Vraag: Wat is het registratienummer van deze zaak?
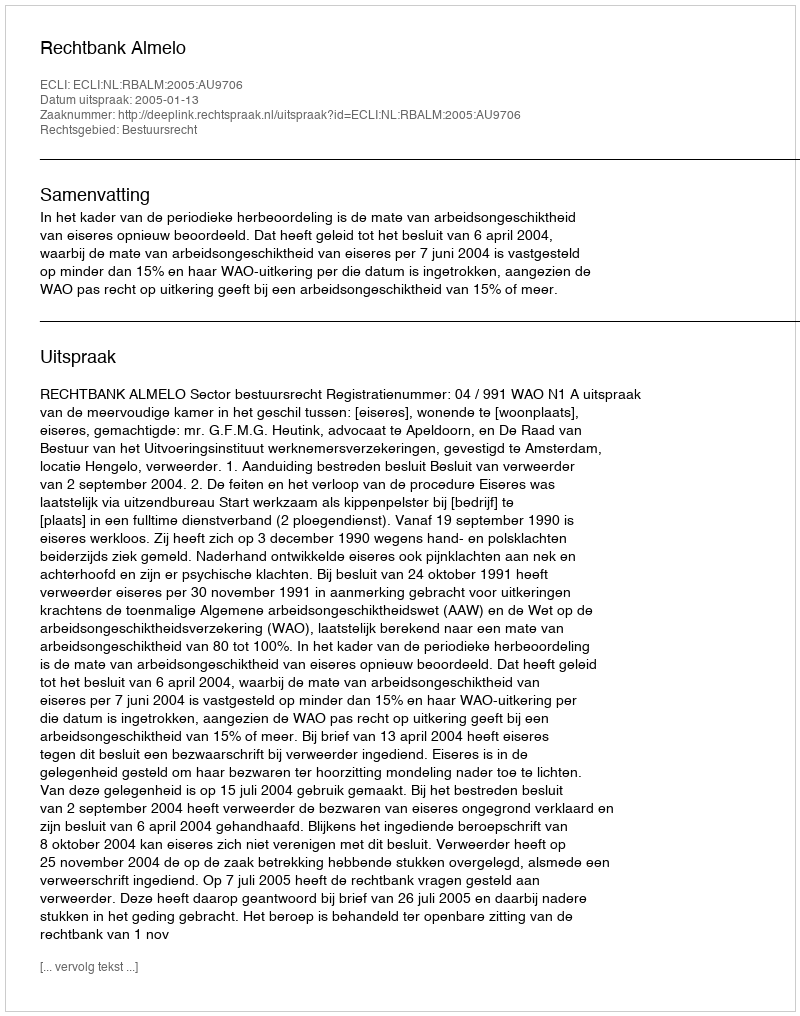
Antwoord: http://deeplink.rechtspraak.nl/uitspraak?id=ECLI:NL:RBALM:2005:AU9706